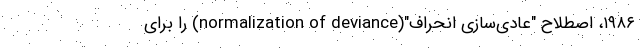
۱۹۸۶، اصطلاح "عادی‌سازی انحراف"(normalization of deviance) را برای